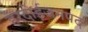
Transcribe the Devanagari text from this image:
हरदोईजनपद